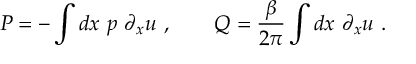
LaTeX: P = - \int d x \ p \ \partial _ { x } u \ , \qquad Q = { \frac { \beta } { 2 \pi } } \int d x \ \partial _ { x } u \ .